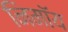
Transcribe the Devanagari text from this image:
निमाॅय